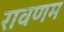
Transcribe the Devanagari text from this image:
रावणम